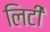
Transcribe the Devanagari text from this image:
लिटी